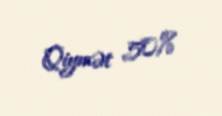
Qiymət 50%